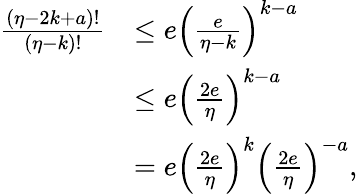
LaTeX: \begin{array}{rl}{\frac{\left(\eta-2k+a\right)!}{\left(\eta-k\right)!}}&{\leq e\left(\frac{e}{\eta-k}\right)^{k-a}}\\ &{\leq e\left(\frac{2e}{\eta}\right)^{k-a}}\\ &{=e\left(\frac{2e}{\eta}\right)^{k}\left(\frac{2e}{\eta}\right)^{-a},}\end{array}